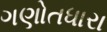
ગણોતધારા